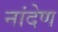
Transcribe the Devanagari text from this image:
नांदेण